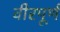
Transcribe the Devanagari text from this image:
वीरपूर्ण